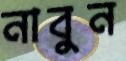
নাবুন